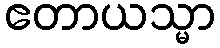
ဧတာယသ္မာ